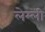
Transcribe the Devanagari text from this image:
लेम्ली